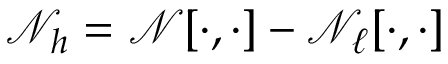
\mathcal { N } _ { h } = \mathcal { N } [ \cdot , \cdot ] - \mathcal { N } _ { \ell } [ \cdot , \cdot ]